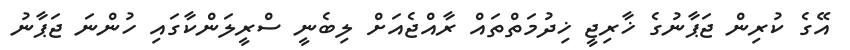
އޭގެ ކުރިން ޖަޕާނުގެ ޚާރިޖީ ޚިދުމަތްތައް ރާއްޖެއަށް ލިބެނީ ސްރީލަންކާގައި ހުންނަ ޖަޕާނު